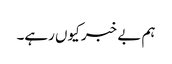
ہم بے خبر کیوں رہے۔